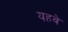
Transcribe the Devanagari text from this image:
यहवे